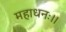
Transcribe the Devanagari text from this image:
महाधनः।।